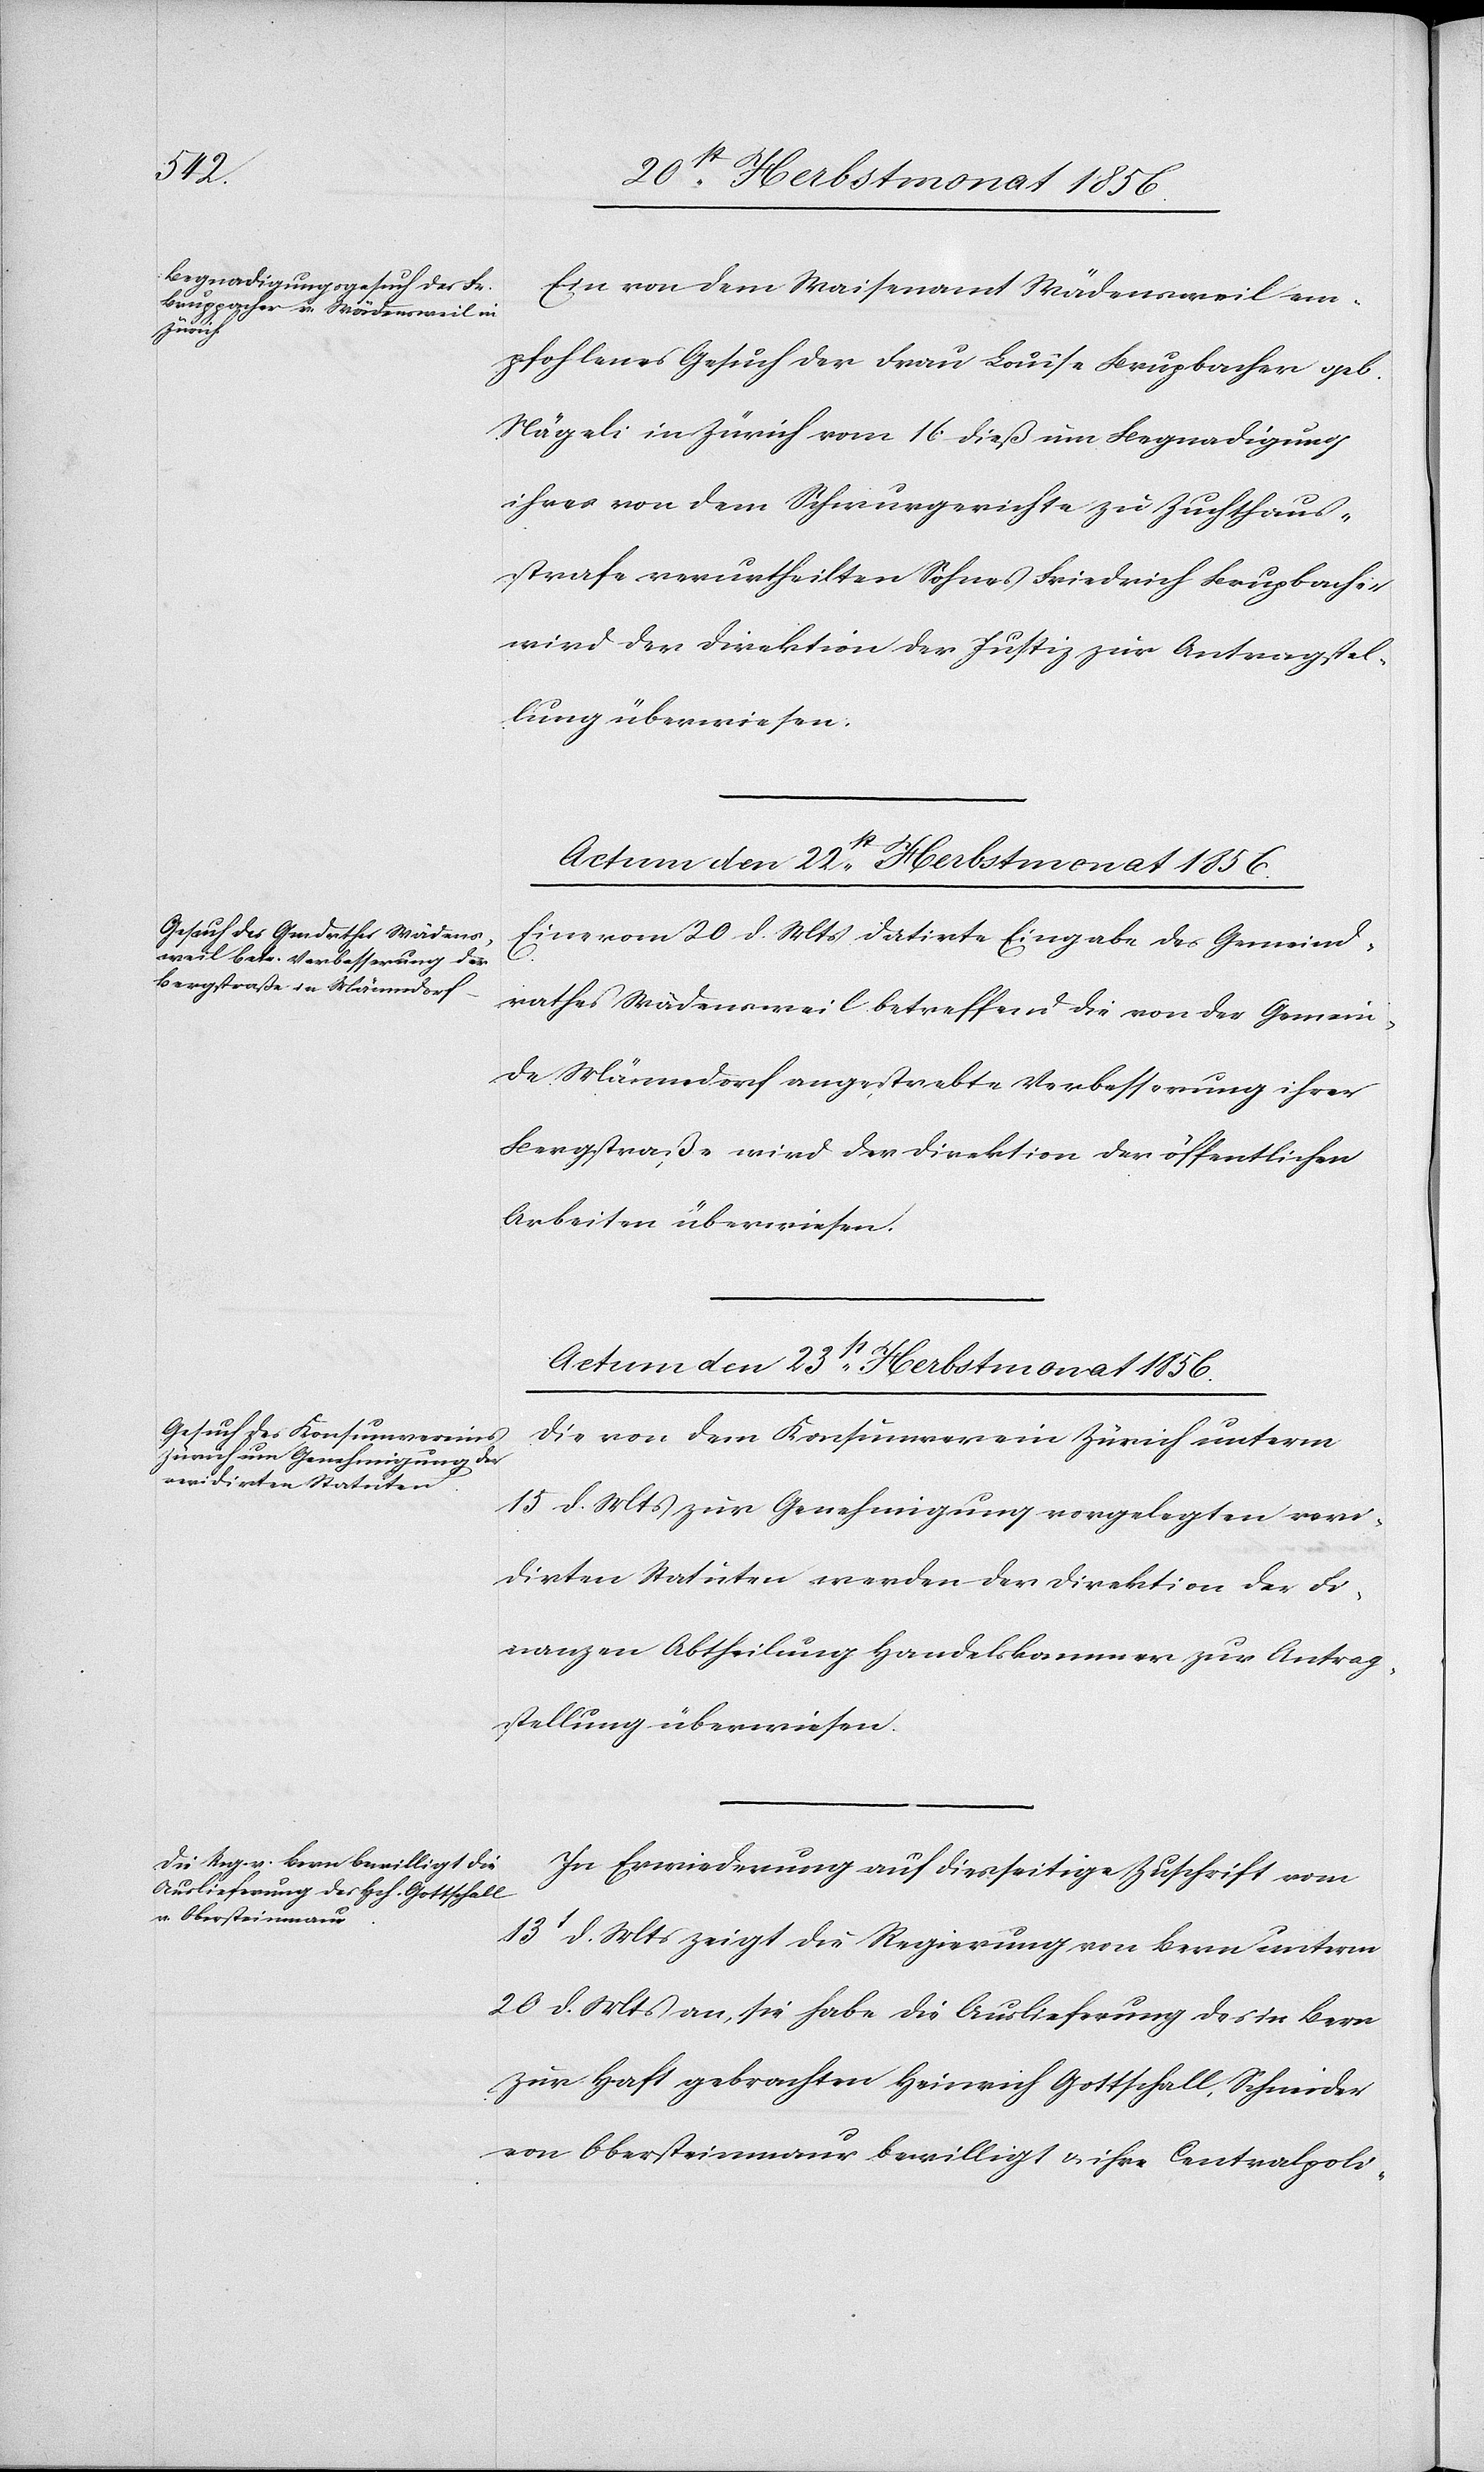
Ein von dem Waisenamt Wädensweil em¬
pfohlenes Gesuch der Frau Louise Brupbacher
Nägeli in Zürich vom 16 dieß um Begnadigung
ihres von dem Schwurgerichte zu Zuchthaus¬
strafe verurtheilten Sohnes Friedrich Brupbacher
wird der Direktion der Justiz zur Antragstel¬
lung überwiesen.
Actum den 22st Herbstmonat 1856.
Eine vom 20 d. Mts datirte Eingabe des Gemeind¬
rathes Wädensweil betreffend die von der Gemein¬
de Männedorf angestrebte Verbesserung ihrer
Bergstraße wird der Direktion der öffentlichen
Arbeiten überwiesen.
Actum den 23st Herbstmonat 1856.]
Die von dem Konsumverein Zürich unterm
15 d. Mts zur Genehmigung vorgelegten revi¬
dirten Statuten werden der Direktion der Fi¬
nanzen Abtheilung Handelskammer zur Antrag¬
stellung überwiesen.
In Erwiederung auf diesseitige Zuschrift vom
13t d. Mts zeigt die Regierung von Bern unterm
20 d. Mts an, sie habe die Auslieferung des in Bern
zur Haft gebrachten Heinrich Gottschall, Schneider
von Obersteinmaur bewilligt & ihre Centralpoli-